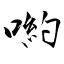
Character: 喲